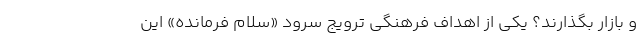
و بازار بگذارند؟ یکی از اهداف فرهنگی ترویج سرود «‌سلام فرمانده» این